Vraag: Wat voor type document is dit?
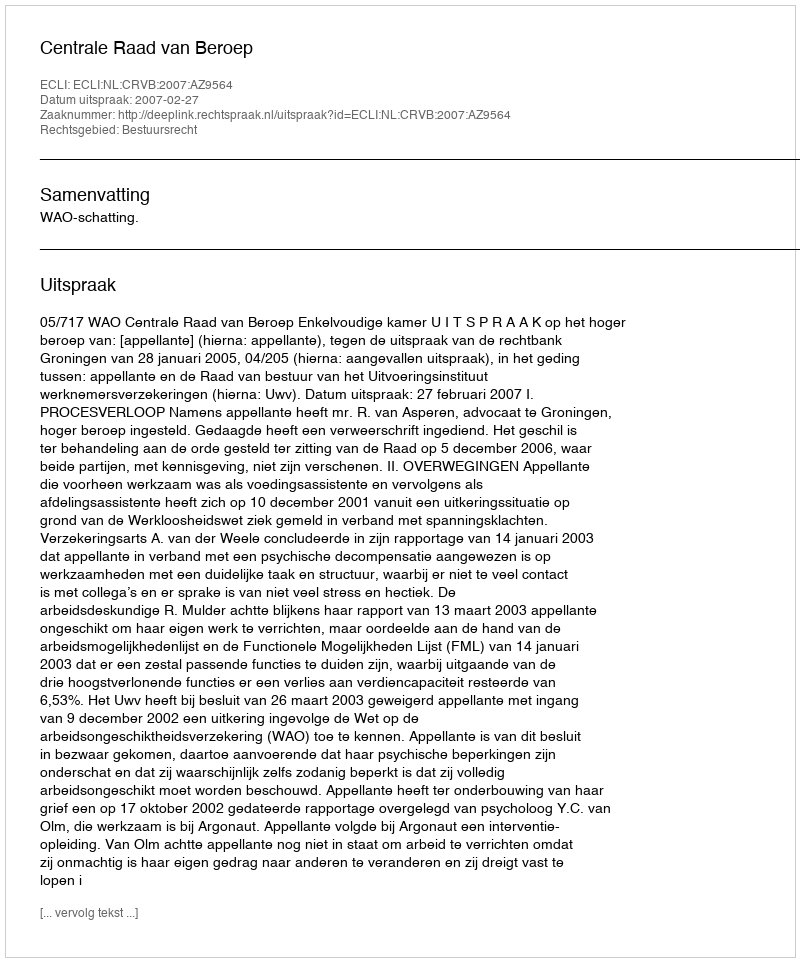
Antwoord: Uitspraak